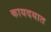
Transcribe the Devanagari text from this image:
कायदयात